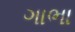
ગાભા